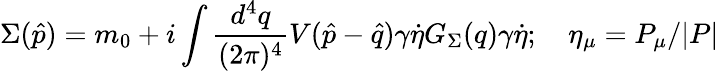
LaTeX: \Sigma({\hat{p}})=m_{0}+i\int{\frac{d^{4}q}{(2\pi)^{4}}}V({\hat{p}}-{\hat{q}})\gamma\dot{\eta}G_{\Sigma}(q)\gamma\dot{\eta};\quad\eta_{\mu}=P_{\mu}/{|P|}